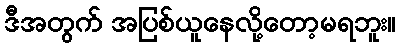
ဒီအတွက် အပြစ်ယူနေလို့တော့မရဘူး။